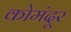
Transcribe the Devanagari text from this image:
कोमंदूर